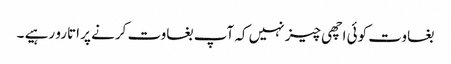
بغاوت کوئی اچھی چیز نہیں کہ آپ بغاوت کرنے پر اتارو رہیے ۔